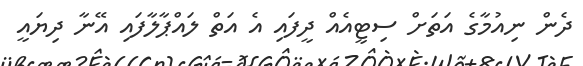
ދެން ނިއުމާގެ އަތަށް ސިޓީއެއް ދީފައި އެ އަތް ލައްޕާލާފައި އޭނާ ދިޔައީ